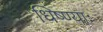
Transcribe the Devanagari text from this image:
धिष्ण्याः